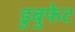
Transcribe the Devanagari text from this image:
डुबुफेट